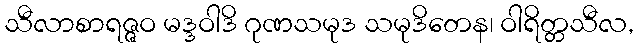
သီလာစာရဇ္ဇဝ မဒ္ဒဝါဒိ ဂုဏသမုဒ သမုဒိတေန၊ ဝါရိတ္တသီလ,